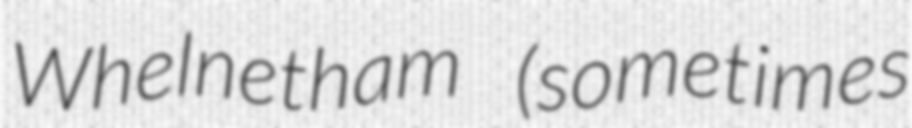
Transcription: Whelnetham (sometimes